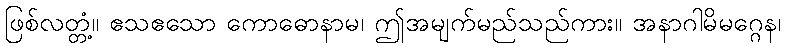
ဖြစ်လတ္တံ့။ ဧသဧသော ကောဓောနာမ၊ ဤအမျက်မည်သည်ကား။ အနာဂါမိမဂ္ဂေန၊